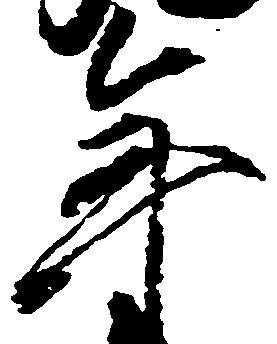
年